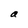
Character: a